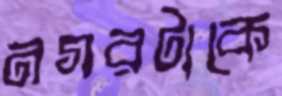
নগরটাকে